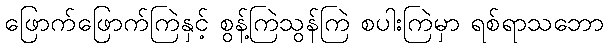
ဖြောက်ဖြောက်ကြဲနှင့် စွန့်ကြဲသွန်ကြဲ စပါးကြဲမှာ ရစ်ရာသဘော